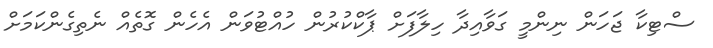
ސްޓިކާ ޖަހަން ނިންމީ ގަވާއިދާ ހިލާފަށް ޕާކްކުރުން ހުއްޓުވަން އެހެން ގޮތެއް ނެތިގެންކަމަށް